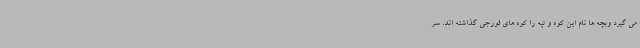
می گیرد وبچه ها نام این کوه و تپه را کوه های فورجی گذاشته اند. سر